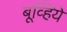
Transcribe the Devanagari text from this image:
बूव्हिये